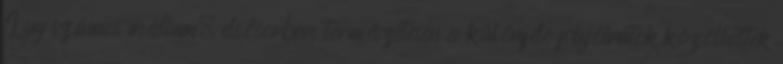
Így számos médium, elsősorban természetesen a különféle folyóiratok közölhettek